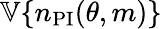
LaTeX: \mathbb{V}\{ n_{\mathrm{PI}}(\theta,m)\}